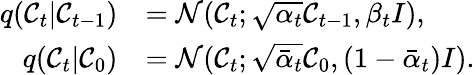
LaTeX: \begin{array}{rl}{q(\mathcal{C}_{t}\vert\mathcal{C}_{t-1})}&{=\mathcal{N}(\mathcal{C}_{t};\sqrt{\alpha_{t}}\mathcal{C}_{t-1},\beta_{t}I),}\\ {q(\mathcal{C}_{t}\vert\mathcal{C}_{0})}&{=\mathcal{N}(\mathcal{C}_{t};\sqrt{\bar{\alpha}_{t}}\mathcal{C}_{0},(1-\bar{\alpha}_{t})I).}\end{array}